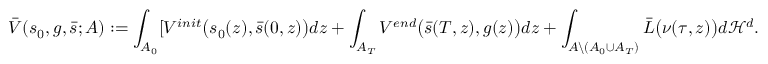
\bar { V } ( s _ { 0 } , g , \bar { s } ; A ) : = \int _ { A _ { 0 } } [ V ^ { i n i t } \big ( { s } _ { 0 } ( z ) , \bar { s } ( 0 , z ) \big ) d z + \int _ { A _ { T } } V ^ { e n d } \big ( \bar { s } ( T , z ) , g ( z ) \big ) d z + \int _ { A \backslash ( A _ { 0 } \cup A _ { T } ) } \bar { L } \big ( \nu ( \tau , z ) \big ) d \mathcal { H } ^ { d } .